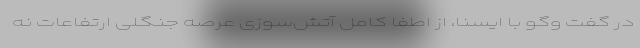
در گفت وگو با ایسنا، از اطفا کامل آتش‌سوزی عرصه جنگلی ارتفاعات نه